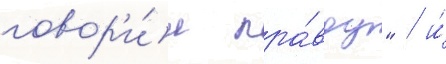
говор'и́л пра́вду" / и́